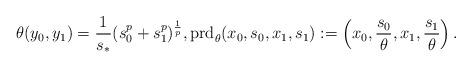
LaTeX: \begin{align*} \theta(y_0,y_1) = \frac{1}{s_*}(s_0^p + s_1^p)^{\frac 1 p}, {\rm prd}_{\theta}(x_0,s_0,x_1,s_1) := \left(x_0,\frac{s_0}{\theta},x_1,\frac{s_1}{\theta}\right). \end{align*}